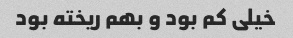
خیلی کم بود و بهم ریخته بود